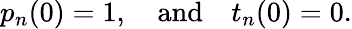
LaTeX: p_{n}(0)=1,\quad\mathrm{and}\quad t_{n}(0)=0.